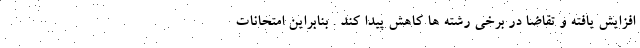
افزایش یافته و تقاضا در برخی رشته ها کاهش پیدا کند . بنابراین امتحانات